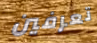
تعرفين